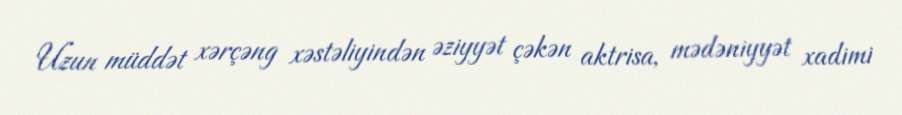
Uzun müddət xərçəng xəstəliyindən əziyyət çəkən aktrisa, mədəniyyət xadimi